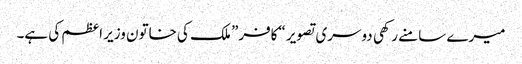
میرے سامنے رکھی دوسری تصویر “کافر” ملک کی خاتون وزیر اعظم کی ہے۔